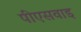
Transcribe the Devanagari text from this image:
पीएसवाइ